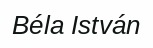
Béla István